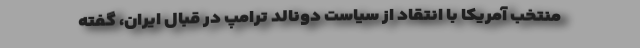
منتخب آمریکا با انتقاد از سیاست دونالد ترامپ در قبال ایران، گفته